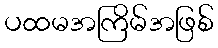
ပထမအကြိမ်အဖြစ်